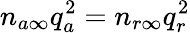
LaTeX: n_{a\infty}q_{a}^{2}=n_{r\infty}q_{r}^{2}